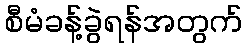
စီမံခန့်ခွဲရန်အတွက်